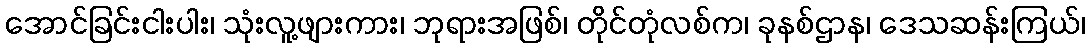
အောင်ခြင်းငါးပါး၊ သုံးလူ့ဖျားကား၊ ဘုရားအဖြစ်၊ တိုင်တုံလစ်က၊ ခုနစ်ဌာန၊ ဒေသဆန်းကြယ်၊